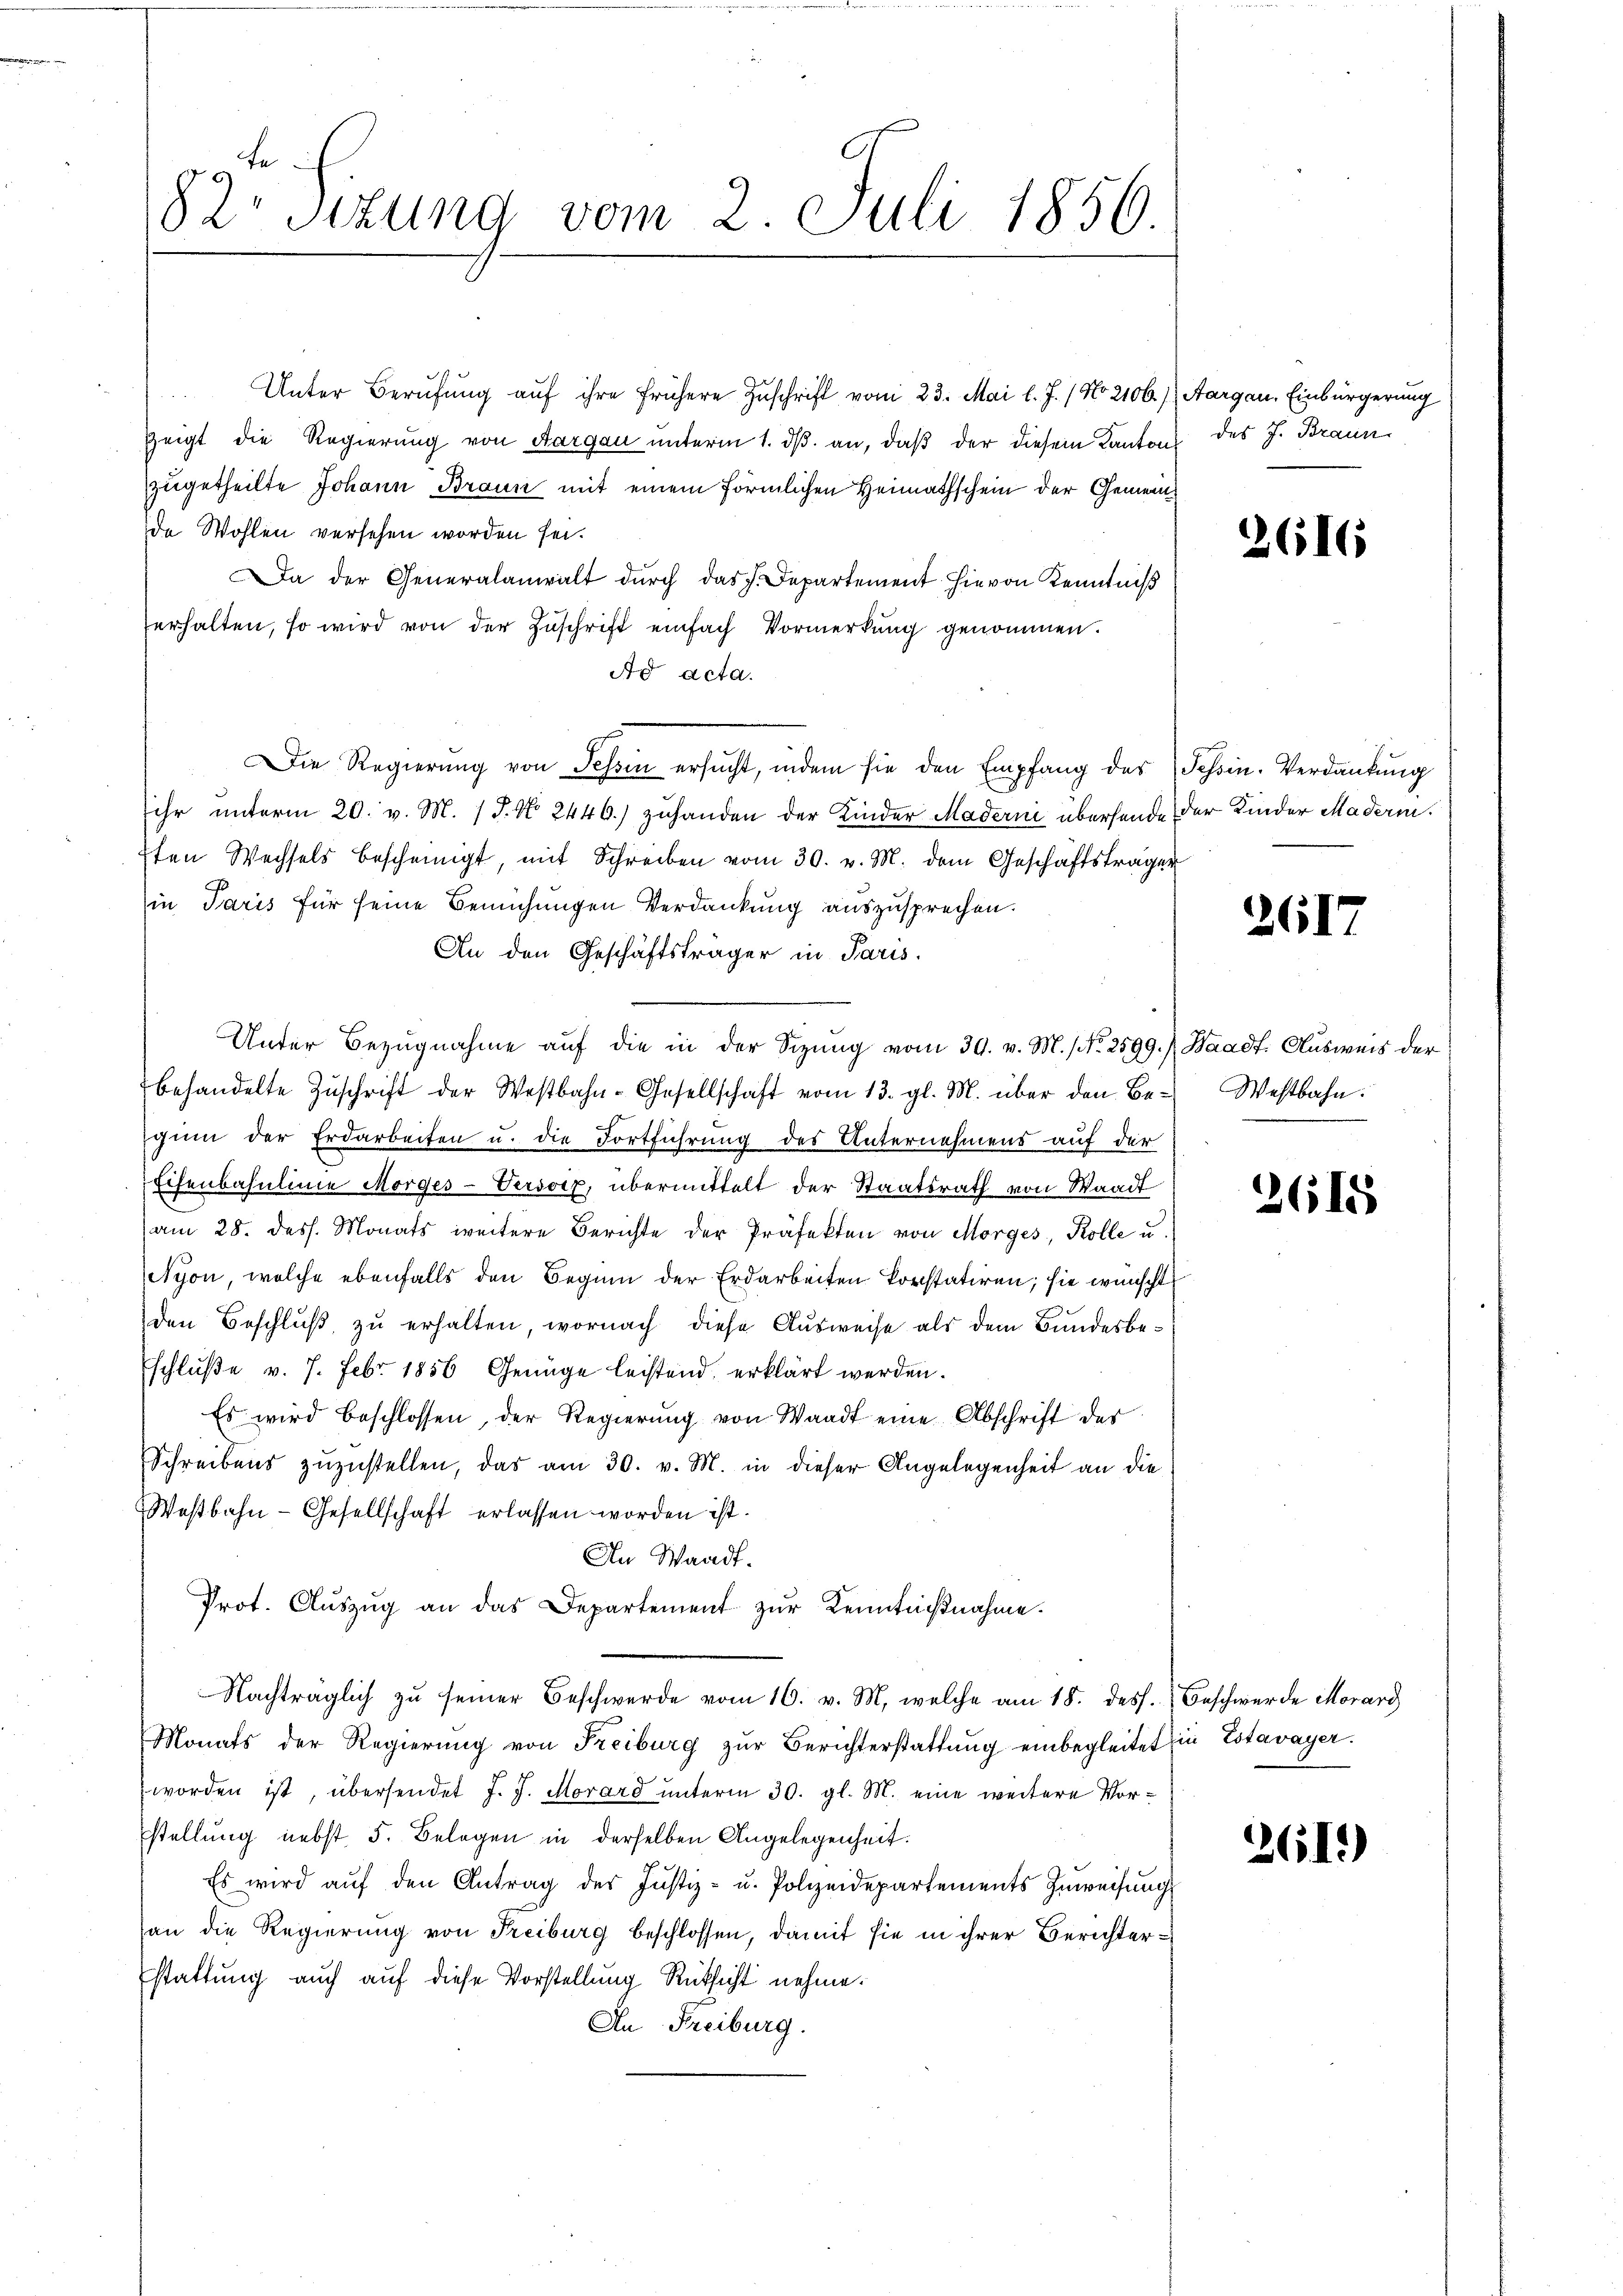
82. Sizung vom 2. Juli 1856

Unter Berufung aŭf ihre frühere Zuschrift vom 23. Mai l. J. / No 2106.) Aargau, Einbürgerung
Zeigt die Regierung von Aargau unterm 1. dβ an, daβ der diesem Kantons des J. Braun
zugetheilte Johann Braun mit einem förmlichen Heimathschein der Gemeinde Wohlen versehen worden sei.
a der Generalanwalt dŭrch das. Departement hievon Kenntniß
erhalten, so wird von der Zuschrift einfach Vormerkung genommen.
Ad acta.
Die Regierŭng von Schen ersŭcht, indem sie den Empfang des Schin. Verdankung
ihr unterm 20. v. M. J. No. 2446.) zuhanden der Kinder Maderni übersende der Kinder Madernisten Wechsels bescheinigt, mit Schreiben vom 30. v. M. dem Geschäftsträger
in Paris für seine Bemühungen Verdankung auszusprechen.
An den Geschäftsträger in Paris.
behandelte Zŭschrift der Westbahn-Gesellschaft vom 13. gl. M. über den Be- Westbahn.
gin der Erdarbeiten u. die Fortführung des Unternehmens auf der
Eisenbahnlinie Morges-Versorz, übermittelt der Staatsrath von Waadt
(am 28. dess. Monats weitere Berichte der Präfekten von Morges, Kolle u.
Nyon, welche ebenfalls den Beginn der Erdarbeiten konstatiren; sie wünscht
den Beschluß zu erhalten, wornach diese Ausweise als dem Bundesbeschluße v. 7. Febr. 1856 Genüge leistend erklärt werden.
Es wird beschlossen, der Regierŭng von Waadt eine Abschrift des
Schreibens zuzustellen, das am 30. v. M. in dieser Angelegenheit an die
Westbahn-Gesellschaft erlassen worden ist.
An Waadt.
Prot. Aŭszŭg an das Departement zŭr Kenntnißnahme.
Nachträglich zu seiner Beschwerde vom 16. v. M. welche am 18. dess. Beschwerde Morard
Monats der Regierŭng von Freiburg zŭr Berichterstattŭng einbegleitet in Estavayer.
worden ist, übersendet J. J. Morard unterm 30. gl. M. eine weitere Vorstellung nebst 5. Belegen in derselben Angelegenheit.
Es wird auf den Antrag der Justiz- u. Polizeidepartements Zuweisung
an die Regierung von Freiburg beschlossen, damit sie in ihrer Berichterstattung auch auf diese Vorstellung Rüksicht nehme.
An Freiburg.

Unter Bezŭgnahme aŭf die in der Sizŭng vom 30. v. M. (Nr. 2599.) Waadt Ausweis der

2616

2617

2615

261)